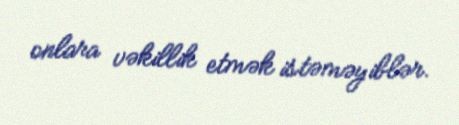
onlara vəkillik etmək istəməyiblər.